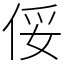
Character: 俀